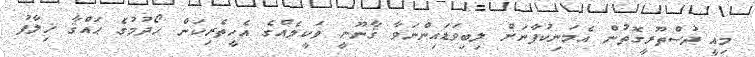
މިއީ ދުސްތޫރީގޮތުން އެމަނިކުފާނަށް ލިބިވަޑައިންނަވާ ޤާނޫނީ ވަކީލެއްގެ އެހީތެރިކަން ހޯދުމުގެ ޙައްޤާ ޚިލާފު